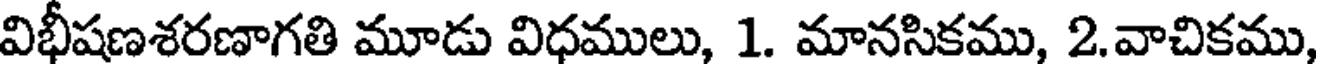
విభీషణశరణాగతి మూడు విధములు, 1. మానసికము, 2.వాచికము,